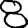
Digit: 8